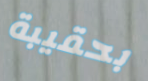
بحقيبة